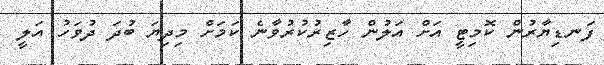
ފަނޑިޔާރުން ކޮމިޓީ އަށް އަލުން ހާޒިރުކުރުވާނެ ކަމަށް މިދިޔަ ބުދަ ދުވަހު އަލީ